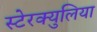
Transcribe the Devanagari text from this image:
स्टेरक्युलिया